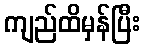
ကျည်ထိမှန်ပြီး